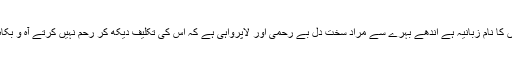
۱۶؎ ان عذاب کے فرشتوں کا نام زبانیہ ہے اندھے بہرے سے مراد سخت دل بے رحمی اور لاپرواہی ہے کہ اس کی تکلیف دیکھ کر رحم نہیں کرتے آہ و بکاہ سن کر کان نہیں دھرتے۔